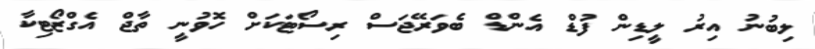
ލިބުނު އިރު ލީޑިން ފުޑް އެންޑް ބެވަރޭޖަސް ރިސޯޓަކަށް ހޮވުނީ ތާޖް އެގްޒޯޓިކާ